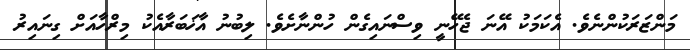
މަންޒަރަކުންނެވެ. އެކަމަކު އޭނަ ޖެހޭނީ ވިސްނައިގެން ހުންނާށެވެ. ލިބުނު އާޚަބަރާއެކު މިރްހާއަށް ގިނައިރު